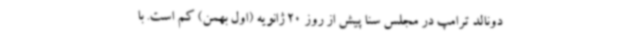
دونالد ترامپ در مجلس سنا پیش از روز 20 ژانویه (اول بهمن) کم است. با